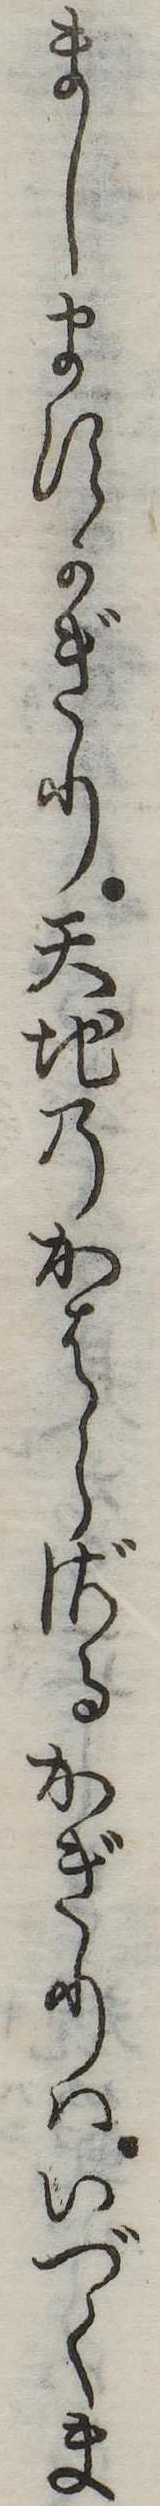
ましますかぎり天地のかはらざるかぎりはいづくま